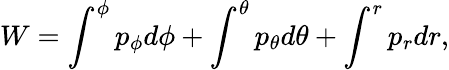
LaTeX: W=\int^{\phi}p_{\phi}d\phi+\int^{\theta}p_{\theta}d\theta+\int^{r}p_{r}dr,